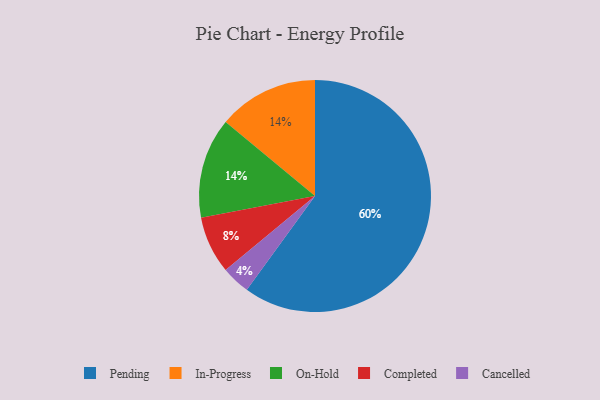
{"axis": {"x": "Category", "y": "Percentage"}, "legend": ["Cancelled", "Completed", "In-Progress", "On-Hold", "Pending"], "data": [{"x": "Cancelled", "y": 4, "type": "Cancelled"}, {"x": "In-Progress", "y": 14, "type": "In-Progress"}, {"x": "On-Hold", "y": 14, "type": "On-Hold"}, {"x": "Pending", "y": 60, "type": "Pending"}, {"x": "Completed", "y": 8, "type": "Completed"}]}